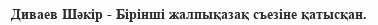
Диваев Шәкір - Бірінші жалпықазақ съезіне қатысқан.